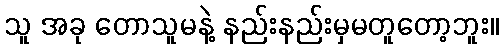
သူ အခု တောသူမနဲ့ နည်းနည်းမှမတူတော့ဘူး။